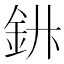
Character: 𲇅